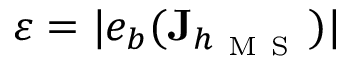
\varepsilon = | e _ { b } ( \mathbf { J } _ { h _ { \mathrm { ~ M ~ S ~ } } } ) |